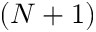
( N + 1 )